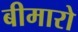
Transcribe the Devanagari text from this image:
बीमारो